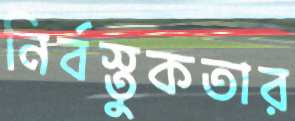
নির্বস্তুকতার